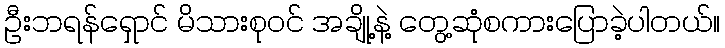
ဦးဘရန်ရှောင် မိသားစုဝင် အချို့နဲ့ တွေ့ဆုံစကားပြောခဲ့ပါတယ်။